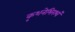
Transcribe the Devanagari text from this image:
कृशनेभिरश्वं